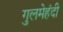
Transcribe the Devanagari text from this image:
गुलमेहंदी